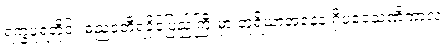
ရက္ခပူရတိုင်း ဓညဝတီရခိုင်ပြည်ကြီးမှာ တူရိယာအနေနဲ့ ရှိပဝေသဏိကာလ